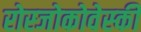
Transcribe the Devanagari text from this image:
रोस्‍जोकोवेस्‍की